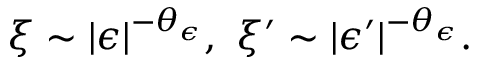
\xi \sim | \epsilon | ^ { - \theta _ { \epsilon } } , \ \xi ^ { \prime } \sim | \epsilon ^ { \prime } | ^ { - \theta _ { \epsilon } } .